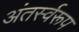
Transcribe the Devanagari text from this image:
अंतर्स्वरूप